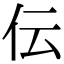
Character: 伝